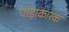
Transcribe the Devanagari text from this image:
पीड़ाकारक